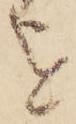
を